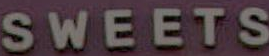
SWEETS